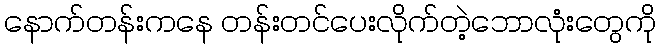
နောက်တန်းကနေ တန်းတင်ပေးလိုက်တဲ့ဘောလုံးတွေကို